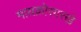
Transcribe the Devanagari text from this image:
मायक्रोसारखे